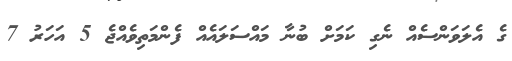
ގެ އެލަވަންސެއް ނެގި ކަމަށް ބުނާ މައްސަލައެއް ފެންމަތިވެއްޖެ 5 އަހަރު 7